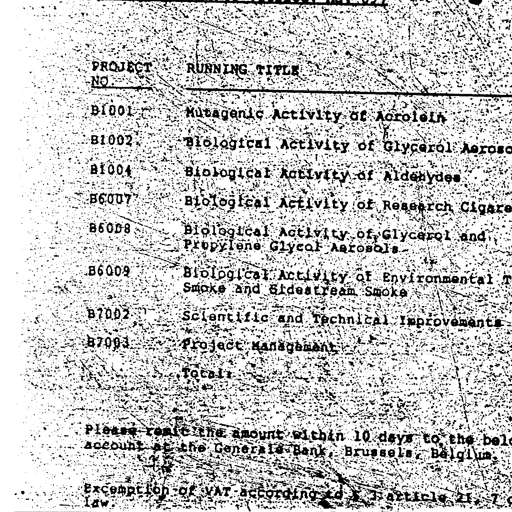
PROJECT NO. RUNNING TITLE
B1001 Mutagenic Activity of Acrolein
B1002 Biological Activity of Glycerol Aerosol
B1004 Biological Activity of Aldehydes
B6007 Biological Activity of Research Cigarettes
B6008 Biological Activity of Glycerol and Propylene Glycol Aerosols
B6009 Biological Activity of Environmental Tobacco Smoke and Sidestream Smoke
B7002 Scientific and Technical Improvements
B7003 Project Management
Total:
Please remit the amount within 10 days to the below account at the Generale Bank, Brussels, Belgium.
Exemption of VAT according to : article 21, 7 of law.